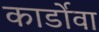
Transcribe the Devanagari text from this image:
कार्डोवा